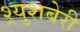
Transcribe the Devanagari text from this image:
श्र्युशबेरी